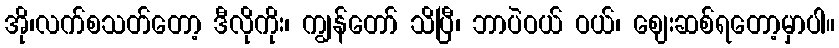
အို၊လက်စသတ်တော့ ဒီလိုကိုး၊ ကျွန်တော် သိပြီ၊ ဘာပဲဝယ် ဝယ်၊ ဈေးဆစ်ရတော့မှာပါ။